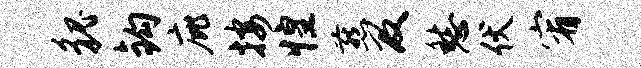
貌钩庇按惶燕及愁伏宥